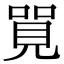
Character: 𠺐